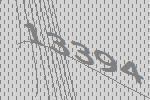
13394